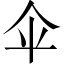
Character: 伞